Civil Veterinary Dept. Assam report 1927-50 - 1927-1950
Year: 1927
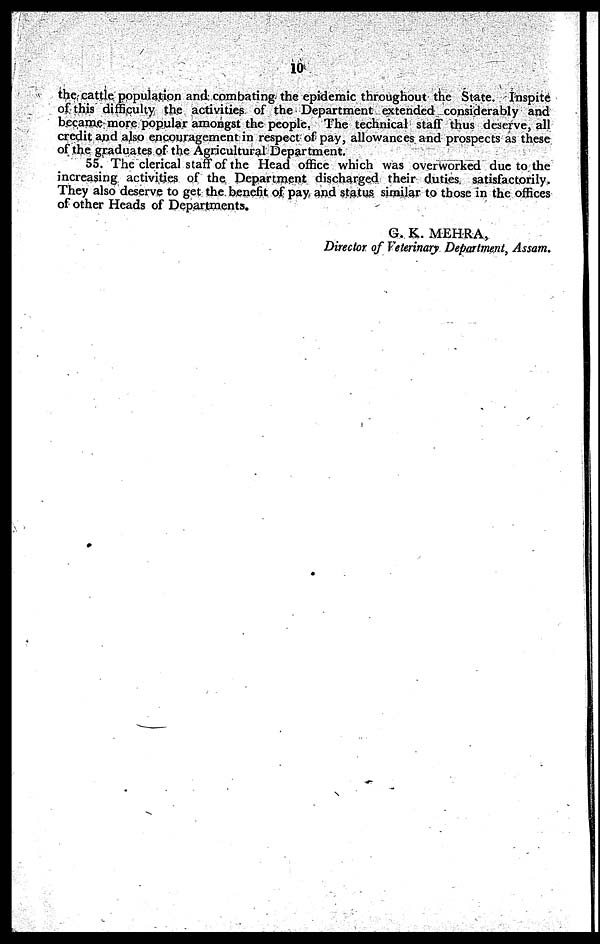
10
the cattle population and combating the epidemic throughout the State. Inspite
of this difficulty the activities of the Department extended considerably and
became more popular amongst the people. The technical staff thus deserve, all
credit and also encouragement in respect of pay, allowances and prospects as these
of the graduates of the Agricultural Department.
55. The clerical staff of the Head office which was overworked due to the
increasing activities of the Department discharged their duties, satisfactorily.
They also deserve to get the benefit of pay and status similar to those in the offices
of other Heads of Departments.
G. K. MEHRA,
Director of Veterinary Department, Assam.